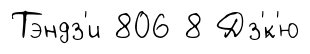
Тэндз'и 806 8 Дз'́к'ю